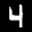
Label: 4